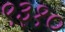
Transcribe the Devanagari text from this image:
९३१०